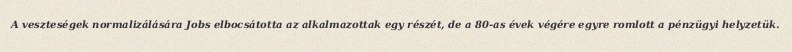
A veszteségek normalizálására Jobs elbocsátotta az alkalmazottak egy részét, de a 80-as évek végére egyre romlott a pénzügyi helyzetük.